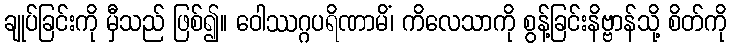
ချုပ်ခြင်းကို မှီသည် ဖြစ်၍။ ဝေါဿဂ္ဂပရိဏာမိံ၊ ကိလေသာကို စွန့်ခြင်းနိဗ္ဗာန်သို့ စိတ်ကို